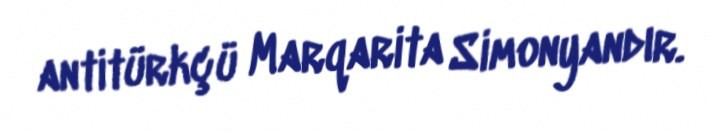
antitürkçü Marqarita Simonyandır.